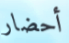
أحضار